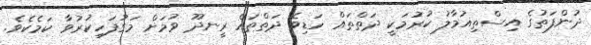
ދުންފަތުގެ އިސްތިއުމާލު ކުރުމަކީ ދަތްތައް ހަޑިވެ ދަތްތައް ރީނދޫ ވުމަށް މަގުފަހިކުރުވާ ކަމެކެވެ.